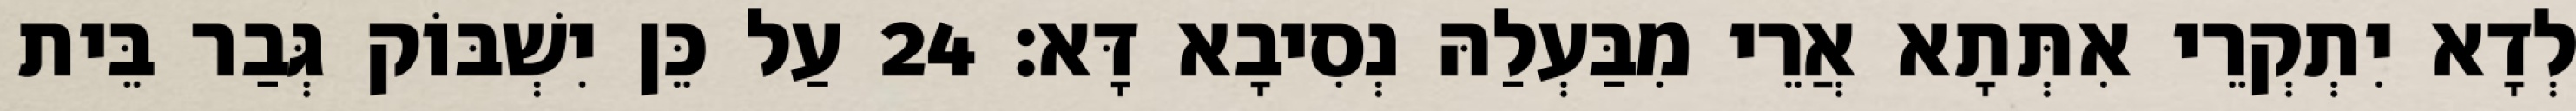
לְדָא יִתְקְרֵי אִתְּתָא אֲרֵי מִבַּעְלַהּ נְסִיבָא דָּא׃ 24 עַל כֵּן יִשְׁבּוֹק גְּבַר בֵּית